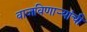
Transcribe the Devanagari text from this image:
वाजविणार्‍यांची